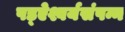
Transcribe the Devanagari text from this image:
षड्ऐश्वर्यसंपन्न